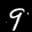
Label: 9